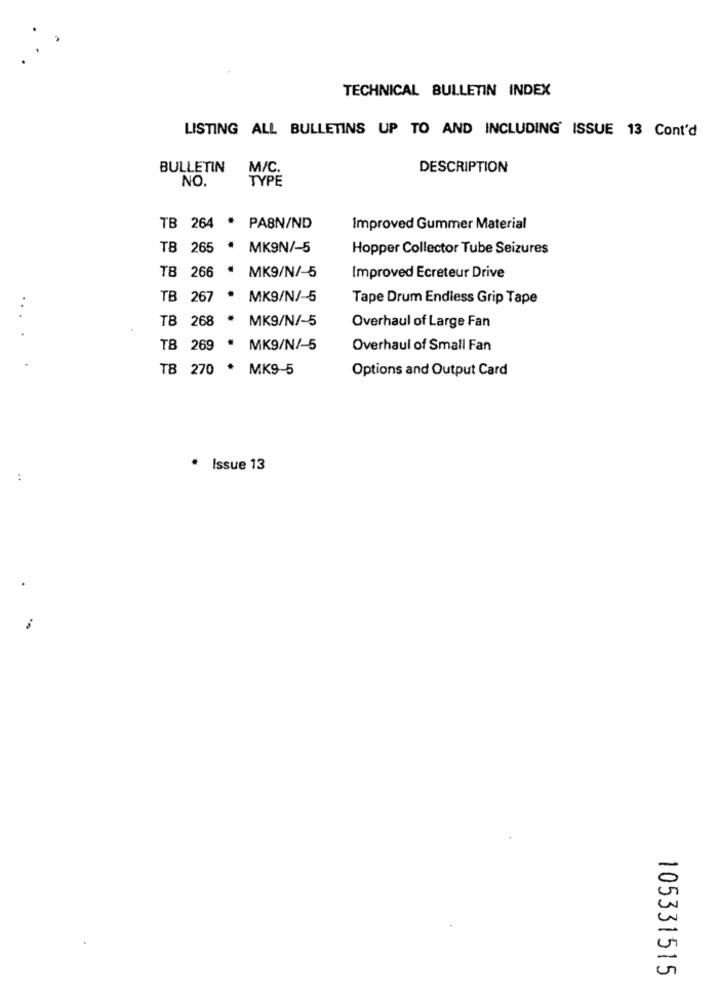
TECHNICAL BULLETIN INDEX
LISTING ALL BULLETINS UP TO AND INCLUDING' ISSUE 13 Cont'd
BULLETIN
M/C
DESCRIPTION
NO.
TYPE
TB 264 * PABN/ND
Improved Gummer Material
TB 265
* MK9N/-5
Hopper Collector Tube Seizures
TB 266
MK9/N/-5
Improved Ecreteur Drive
TB 267
. MK9/N/-5
Tape Drum Endless Grip Tape
...
TB 268
MK9/N/-5
Overhaul of Large Fan
TB 269
MK9/N/-5
Overhaul of Small Fan
TB 270 * MK9-5
Options and Output Card
* Issue 13
0
-
105331515